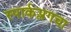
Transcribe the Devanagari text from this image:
स्पार्कप्लगचा